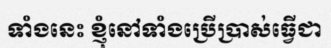
ទាំងនេះ ខ្ញុំនៅទាំងប្រើប្រាស់ធ្វើជា